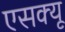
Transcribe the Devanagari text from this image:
एसक्यू